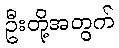
ဦးတို့အတွက်